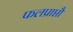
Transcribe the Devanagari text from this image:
फलप्राप्तौ